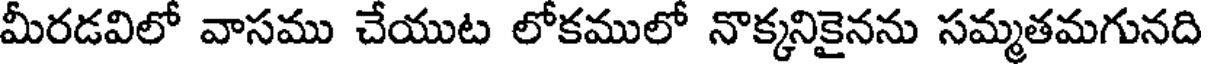
మీరడవిలో వాసము చేయుట లోకములో నొక్కనికైనను సమ్మతమగునది